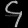
Digit: ၄